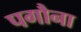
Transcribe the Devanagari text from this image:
पगौना